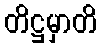
တိဋ္ဌမှာတိ